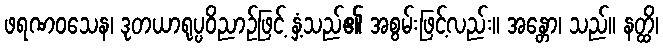
ဖရဏဝသေန၊ ဒုတယာရုပ္ပဝိညာဉ်ဖြင့် နှံ့သည်၏ အစွမ်းဖြင့်လည်း။ အန္တော၊ သည်။ နတ္ထိ၊